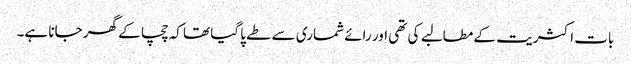
بات اکثریت کے مطالبے کی تھی اور رائے شماری سے طے پا گیا تھا کہ چچا کے گھر جانا ہے۔